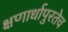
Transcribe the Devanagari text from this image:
क्षणार्धापुरतेच